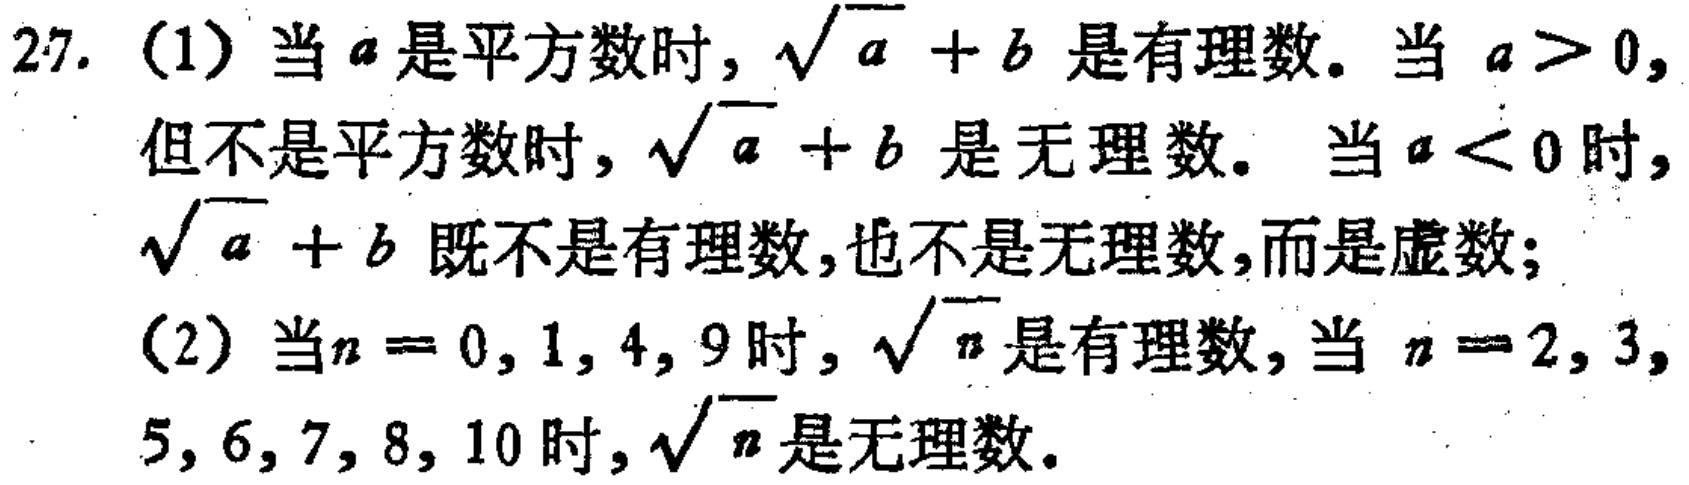
27. (1) 当 \(a\) 是平方数时, \(\sqrt{a}+b\) 是有理数. 当 \(a > 0\), 但不是平方数时, \(\sqrt{a}+b\) 是无理数. 当 \(a < 0\) 时, \(\sqrt{a}+b\) 既不是有理数,也不是无理数,而是虚数;

(2) 当 \(n = 0,1,4,9\) 时, \(\sqrt{n}\) 是有理数, 当 \(n = 2,3,5,6,7,8,10\) 时, \(\sqrt{n}\) 是无理数.